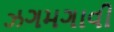
ઝગમગાવી